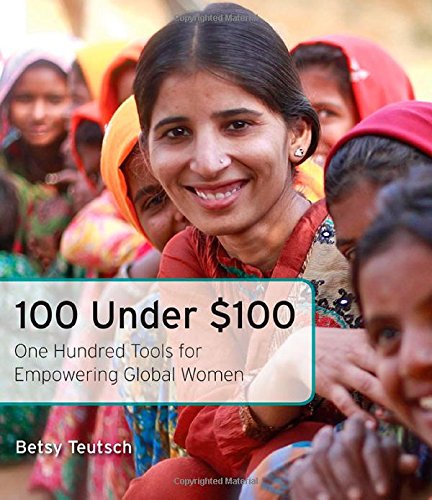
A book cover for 100 Under $100: One Hundred Tools for Empowering Global Women; Betsy Teutsch; Business & Money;